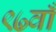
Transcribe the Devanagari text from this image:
९७वाँ